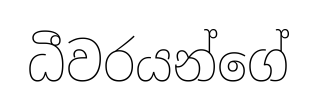
ධීවරයන්ගේ